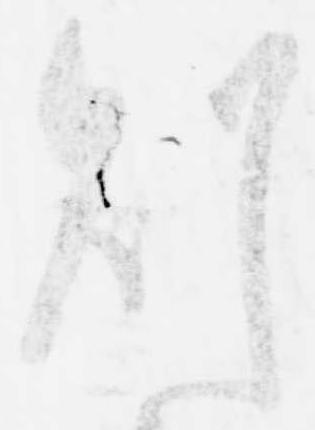
則